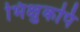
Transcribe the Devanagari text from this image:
भिक्षुकपि